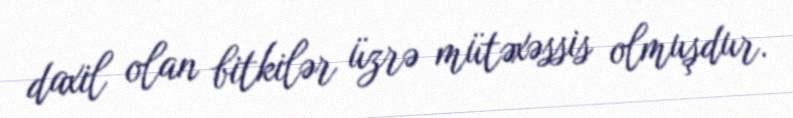
daxil olan bitkilər üzrə mütəxəssis olmuşdur.